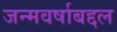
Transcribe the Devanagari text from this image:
जन्मवर्षाबद्दल